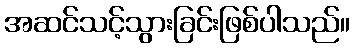
အဆင်သင့်သွားခြင်းဖြစ်ပါသည်။